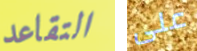
التقاعد على